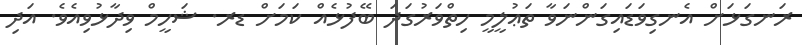
ރަނގަޅަށް އެނގިވަޑައިގަންނަވާ ތަޢުލީމީ ހިތްވަރުގަދަ ބޭފުޅެއް ކަމަށް ޑރ. ޝަހީމް ވިދާޅުވިއެވެ. އަދި